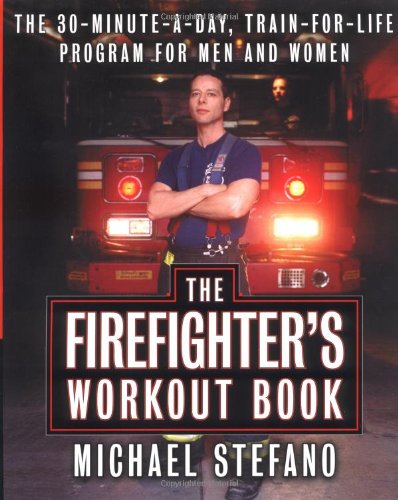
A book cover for The Firefighter's Workout Book: The 30-Minute-a-Day, Train-for-Life Program for Men and Women; Michael Stefano; Health, Fitness & Dieting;